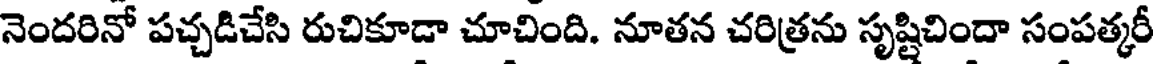
నెందరినో పచ్చడిచేసి రుచికూడా చూచింది. నూతన చరిత్రను సృష్టిచిందా సంపత్కరీ